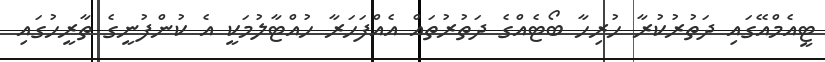
ޓީއެމްއޭގައި ދަތުރުކުރާ ހުރިހާ ބޯޓެއްގެ ދަތުރުތައް އެއްފަހަރާ ހުއްޓާލުމަކީ އެ ކުންފުނީގެ ތާރީހުގައި